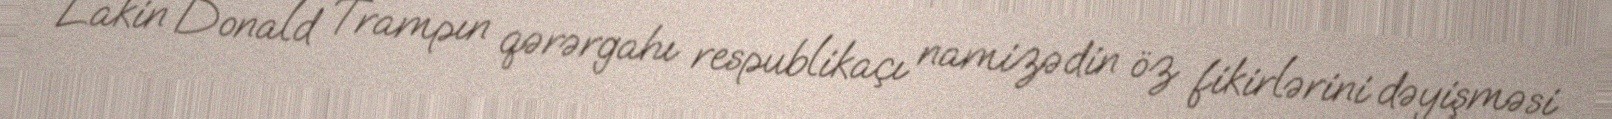
Lakin Donald Trampın qərərgahı respublikaçı namizədin öz fikirlərini dəyişməsi